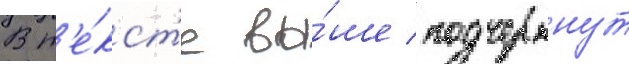
В т'е́кст'е вы́ше подчеркнут